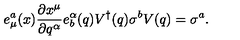
e _ { \mu } ^ { a } ( x ) \frac { \partial x ^ { \mu } } { \partial q ^ { \alpha } } e _ { b } ^ { \alpha } ( q ) V ^ { \dagger } ( q ) \sigma ^ { b } V ( q ) = \sigma ^ { a } .